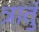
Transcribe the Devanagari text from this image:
त्रातुं